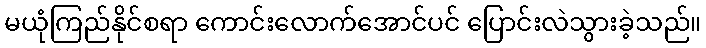
မယုံကြည်နိုင်စရာ ကောင်းလောက်အောင်ပင် ပြောင်းလဲသွားခဲ့သည်။